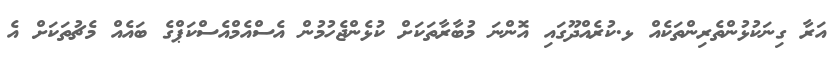
އަރާ ގިނަކުޅުންތެރިންތަކެއް ޅ.ކުރެއްދޫގައި އޮންނަ މުބާރާތަކަށް ކުޅެންޖެހުމުން އެސްއެމްއެސްކަޕްގެ ބައެއް މެޗުތަކަށް އެ